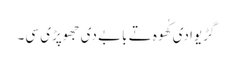
گڑیوادی کُھوہ تے بابے دی جھوپڑی سی۔